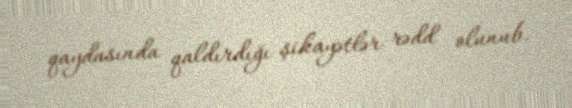
qaydasında qaldırdığı şikayətlər rədd olunub.